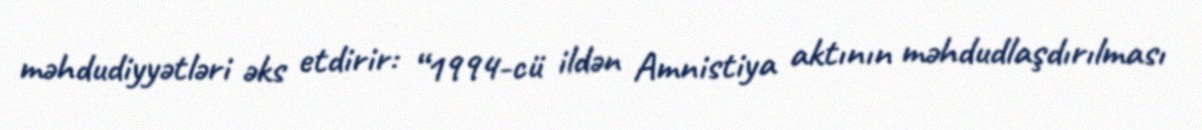
məhdudiyyətləri əks etdirir: “1994-cü ildən Amnistiya aktının məhdudlaşdırılması